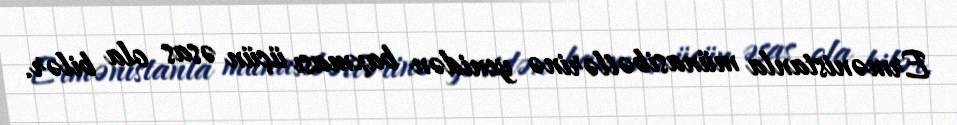
Ermənistanla münasibətlərinə yenidən baxması üçün əsas ola bilər.